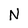
Character: N